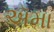
ઍમા